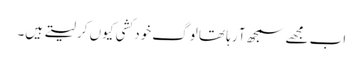
اب مجھے سمجھ آ رہا تھا لوگ خود کشی کیوں کر لیتے ہیں۔